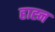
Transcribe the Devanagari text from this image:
हाह्न